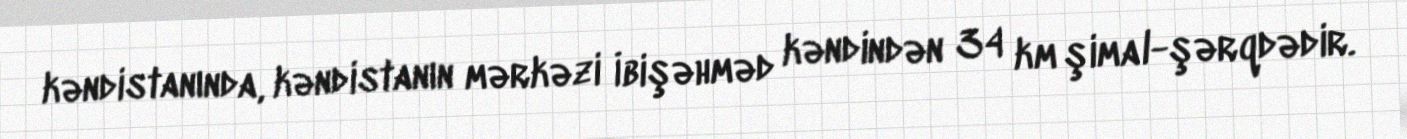
kəndistanında, kəndistanın mərkəzi İbişəhməd kəndindən 34 km şimal-şərqdədir.